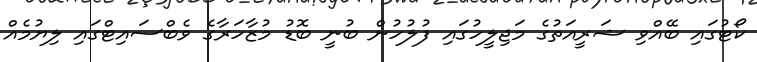
ކޯޓުގައި ބޭއްވި ޝަރީއަތުގެ މަޖިލީހުގައި ފުލުހުން ބުނީ ބޮޑު މުޒާހަރާގެ ވެބްސައިޓްގައި ލިޔުމެއް